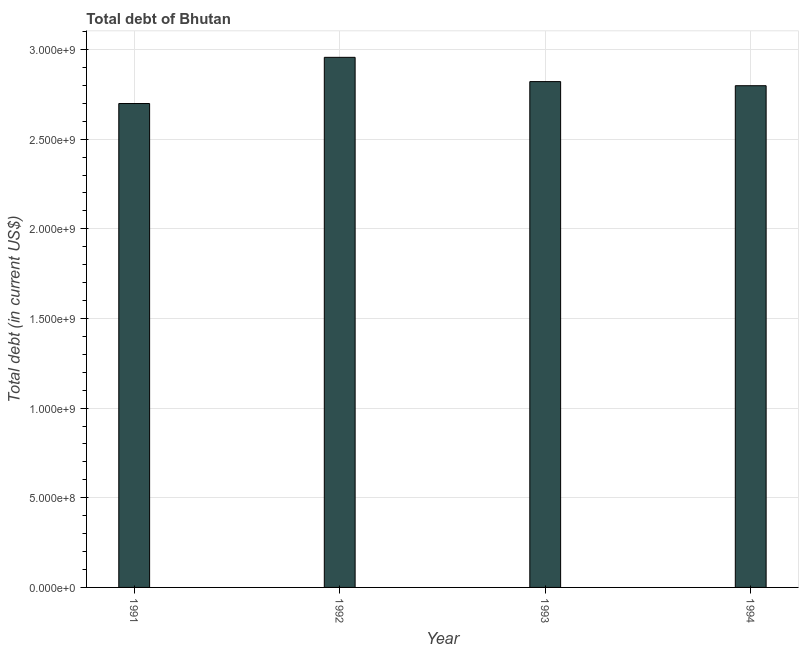
| Year | Central government debt |
 | --- | --- |
 | 1991 | 2.7e+09 |
 | 1992 | 2.96e+09 |
 | 1993 | 2.82e+09 |
 | 1994 | 2.8e+09 |